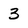
Character: 3